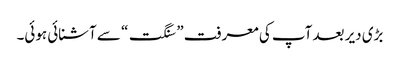
بڑی دیر بعد آپ کی معرفت ” سنگت“ سے آشنائی ہوئی۔